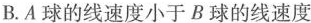
B.A球的线速度小于B球的线速度